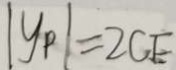
\vert y _ { p } \vert = 2 C E